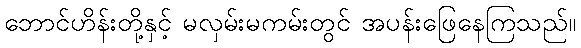
ဘောင်ဟိန်းတို့နှင့် မလှမ်းမကမ်းတွင် အပန်းဖြေနေကြသည်။